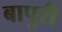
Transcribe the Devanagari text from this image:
बापुरी